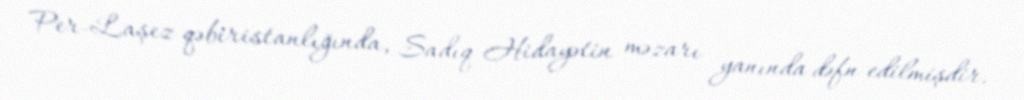
Per-Laşez qəbiristanlığında, Sadıq Hidayətin məzarı yanında dəfn edilmişdir.